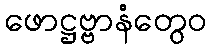
ဖောဋ္ဌဗ္ဗာနံတွေဝ